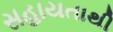
સહાયતાથી